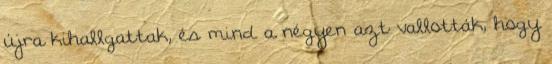
újra kihallgattak, és mind a négyen azt vallották, hogy